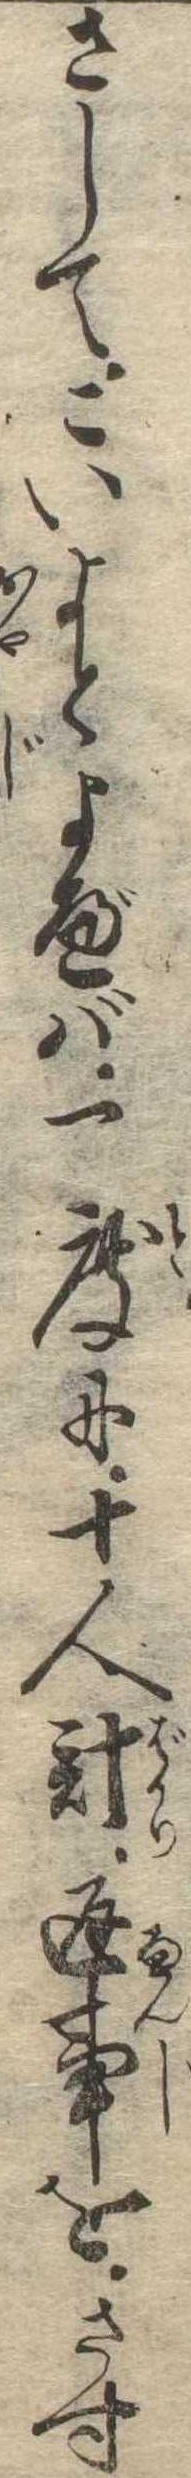
さしてこいよとよべば一度に十人計返事をさす